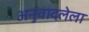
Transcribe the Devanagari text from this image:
अनुवादलेला